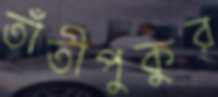
তাঁতীপুকুর